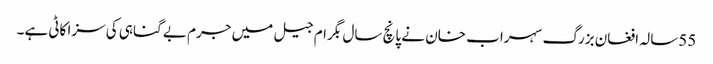
55سالہ افغان بزرگ سہراب خان نے پانچ سال بگرام جیل میں جرم بے گناہی کی سزا کاٹی ہے۔